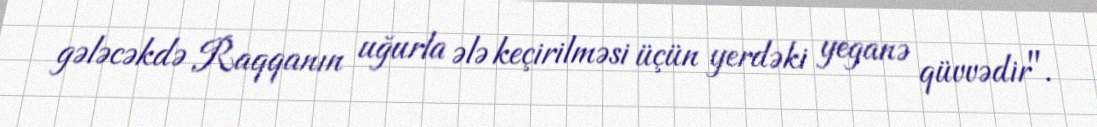
gələcəkdə Raqqanın uğurla ələ keçirilməsi üçün yerdəki yeganə qüvvədir".